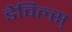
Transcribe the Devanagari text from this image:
डेविल्स्